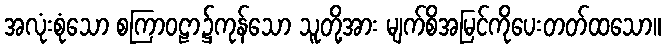
အလုံးစုံသော စကြာဝဠာ၌ကုန်သော သူတို့အား မျက်စိအမြင်ကိုပေးတတ်ထသော။